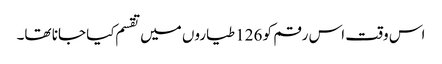
اس وقت اس رقم کو 126 طیاروں میں تقسم کیا جانا تھا۔